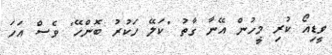
ވީޑިއޯ ކުރި މީހުން އޭނާ ގާތު "ކަލޭ ހަކުރު ބޮންހޭ" ވެސް އަހަ